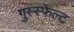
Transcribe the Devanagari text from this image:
गुस्स्फेल्ट